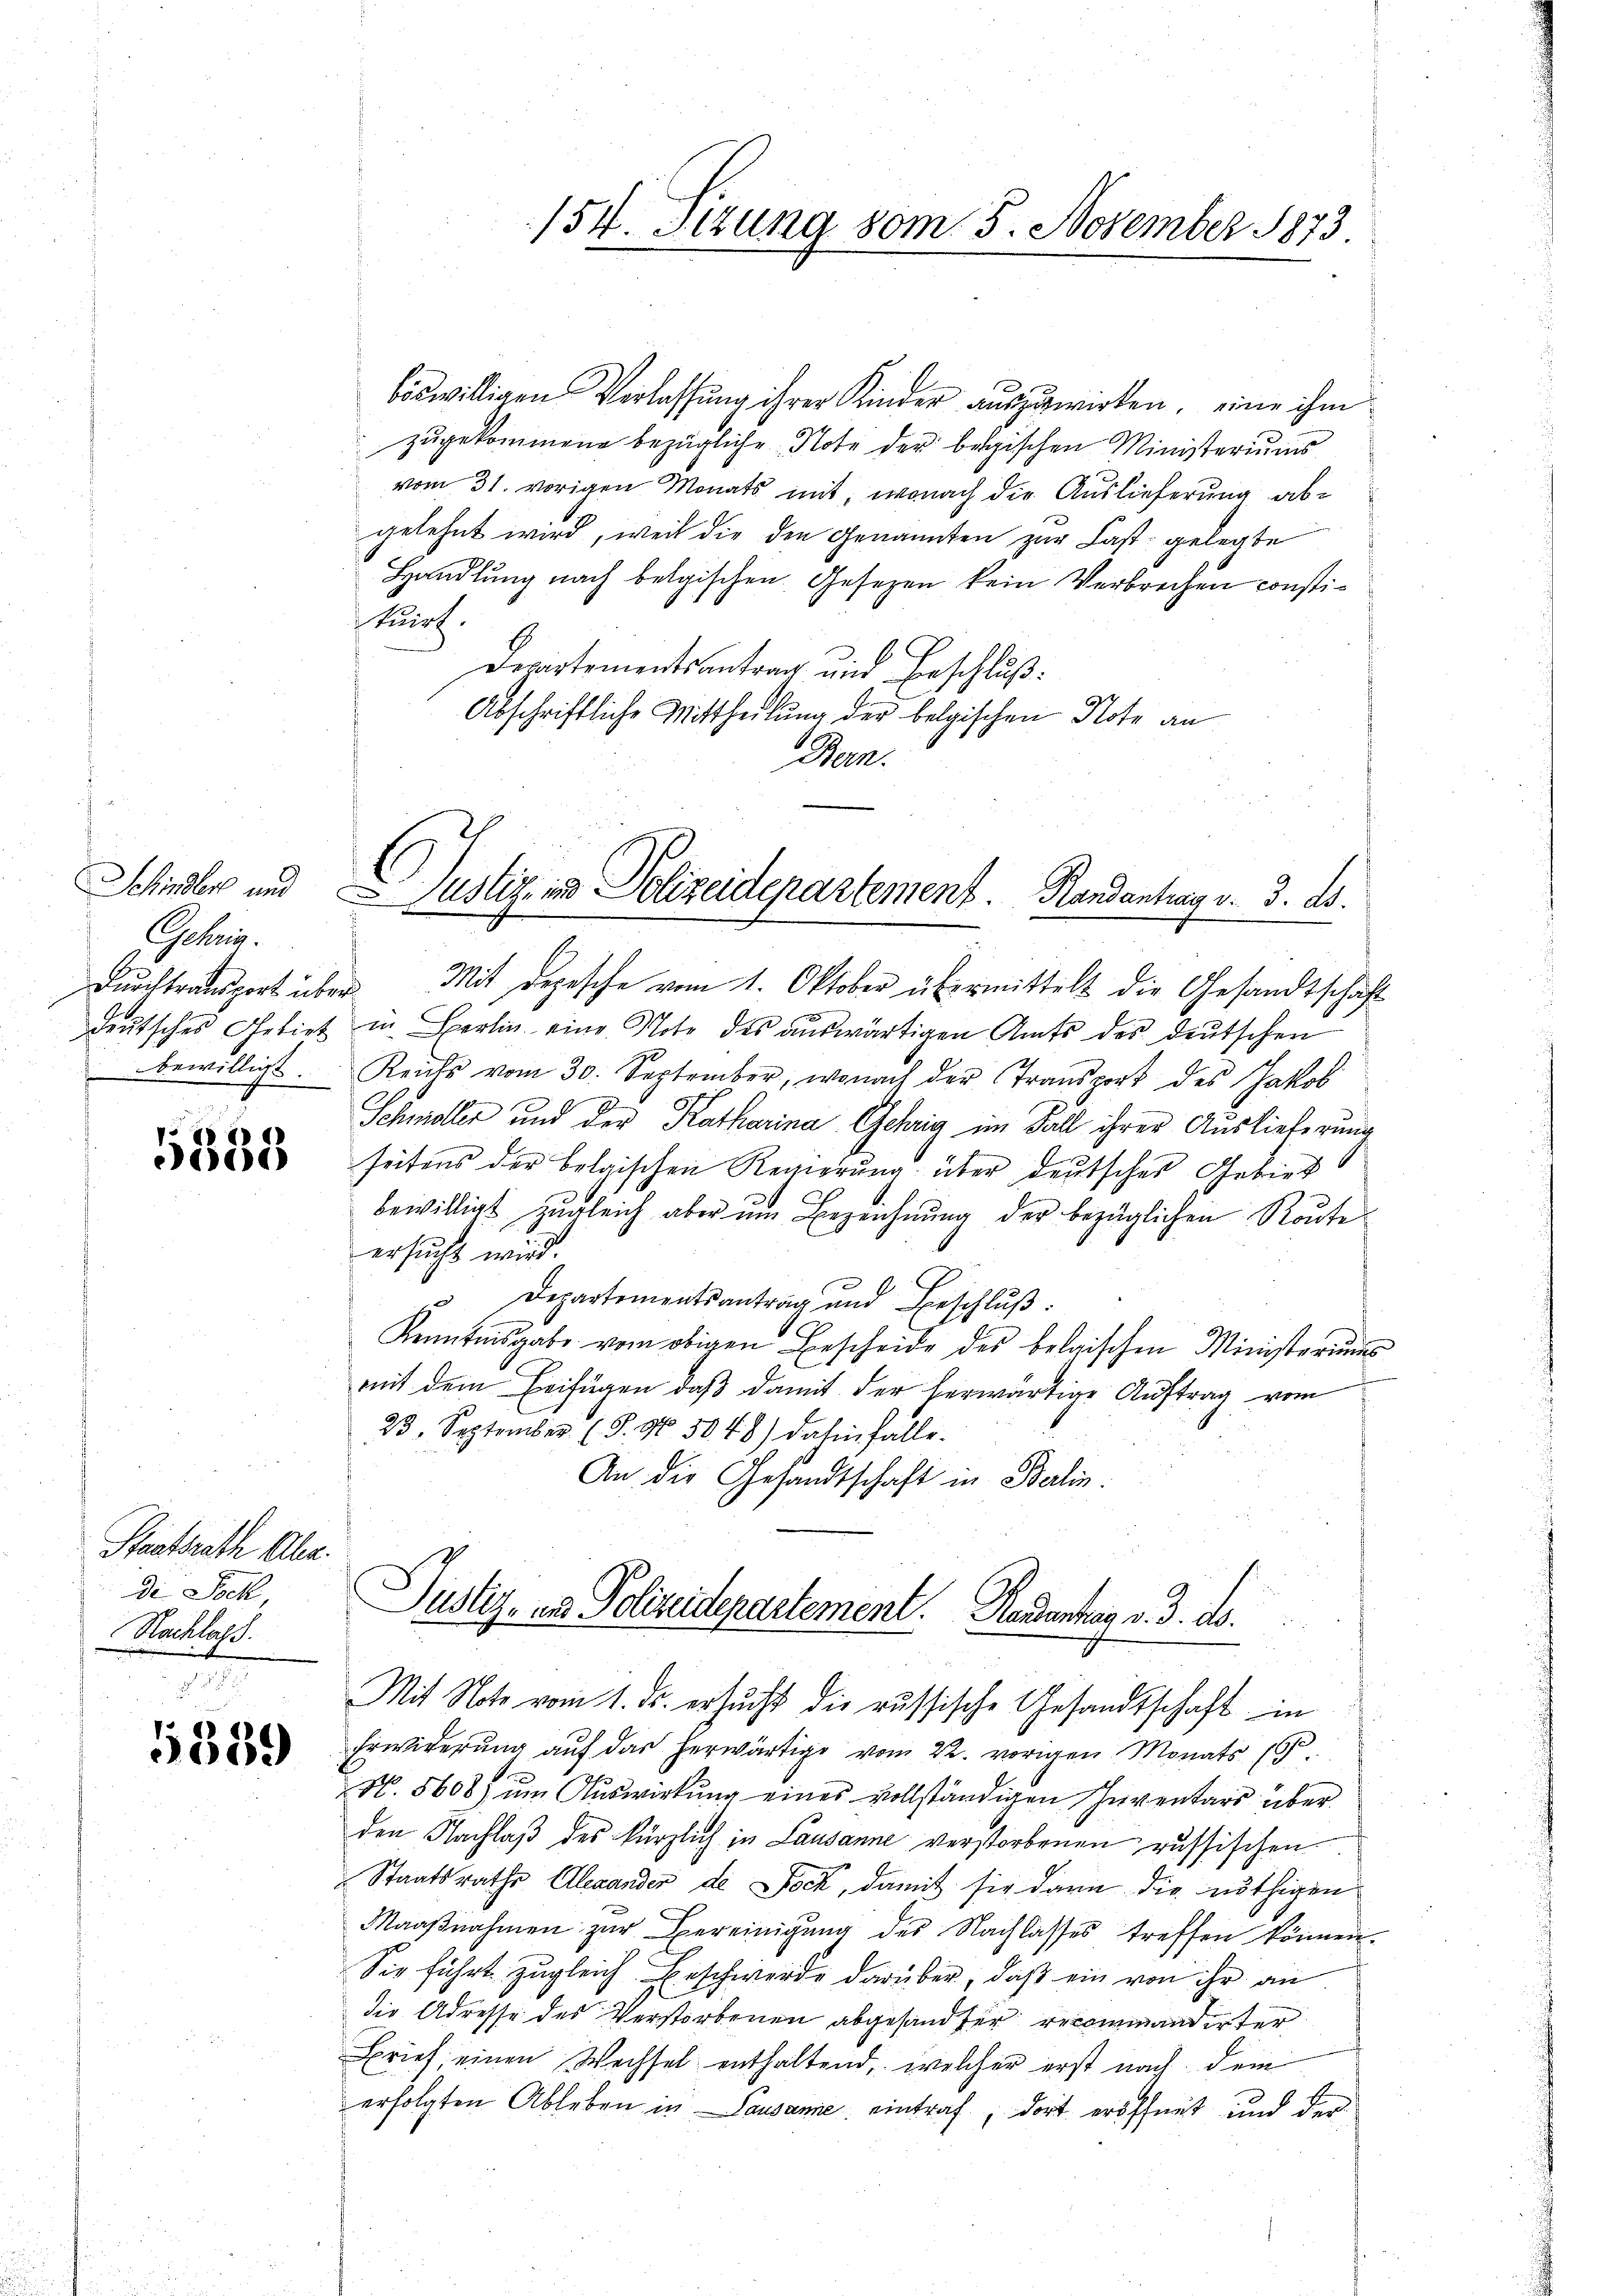
Eschenden und
Gebrig.
bewilligt.

1
5338

Staatsrath Ale.
di Joch,
Nachlass.

5389

böswilligen Verlassung ihrer Kinder auszuwirken, eine ihm
zugekommene bezügliche Note der begischen Ministeriums
vom 31. vorigen Monats mit, wonach die Auslieferung abgelehnt wird, weil die den Genannten zur Last gelegte
Handlung nach belgischen Gesetzen kein Verbrechen consti¬
Kuirt.
Derartementsantrag und Erschluß:
Abschriftliche Mittheilung der belgischen Note an
Bern.

154. Sitzung vom 5. November 1873.

¬
Justiz in Polizeidepartement. Randantrag v. 3. ds.

Durchtransport über Mit Depesche vom 1. Oktober übermittelt die Gesandtschaft
deŭtsches Gebiet in Sperlin eine Note des aŭswärtigen Amts des deutschen
Reichs vom 30. September, wonach der Transport des Jakob
Schmoller und der Katharina Gehrig im Fall ihrer Auslieferung
seitens der belgischen Regierung über deutsches Gebiet
bewilligt zugleich aber um Bezeichnung der bezüglichen Route
ersucht wird.
" Departementsantrag und Beschlŭβ:
Kenntnisgabe vom obigen Bescheide des belgischen Ministeriums
mit dem Beifügen, daß damit der herwärtige Auftrag vom
23. September (S. 90 5048) dahinfalle.
An die Gesandtschaft in Balin.

Justiz, in Polizeidepartement. Handanten v. 3. d.
Mit Note vom 1. ds. ersŭcht die russische Gesandtschaft in

Erwiderung auf das herwärtige vom 22. vorigen Monats (T.
N. 5608) um Auswirkung eines vollständigen Inventars über
den Nachlaß des kürzlich in Lausanne verstorbenen russischen
Staatsrathe Alexander de Jock, damit sie dann die nöthigen
Maaβnahmen zŭr Bereinigŭng des Nachlasses treffen können.
Sie führt zugleich Beschwerde darüber, daß ein von ihr an
die Adresse des Verstorbenen abgesandter recommandirter
Brief, einen Wechsel enthaltend, welcher erst nach dem
erfolgten Ableben in Pausanne eintraf, dort eröffnet und der